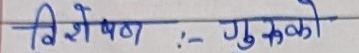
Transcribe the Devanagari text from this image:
विशेषण:- गुरुको